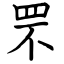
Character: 罘